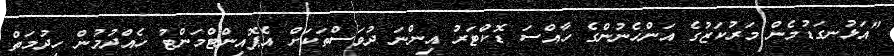
"އަޅުނގަޑުމެން މަރުކަޒުގެ އަންހެނުންގެ ހާއްސަ ޑޮކްޓަރު އިންނަ ދުވަސްތަކަށް އެޕޮއިންޓްމަންޓު ހެއްދުމުން ހިދުމަތް